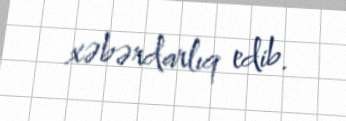
xəbərdarlıq edib.